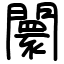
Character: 闤